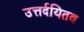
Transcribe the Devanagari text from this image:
उत्तर्दयितव